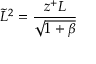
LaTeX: \tilde { L } ^ { 2 } = \frac { z ^ { + } L } { \sqrt { 1 + \beta } }